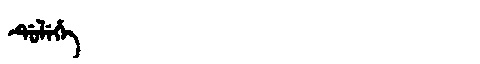
Manchu: ᡩᡠᠯᡝᡥᡝ
Romanization: DULEHE